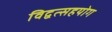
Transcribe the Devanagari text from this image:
विद्वत्सहयोग